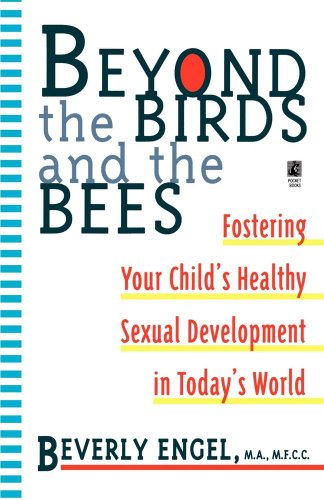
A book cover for Beyond the Birds and the Bees (Silhouette Special Edition); Beverly Engel; Teen & Young Adult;